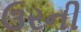
ઉરની